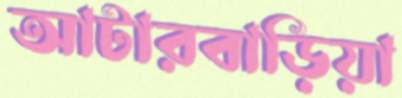
আটারবাড়িয়া